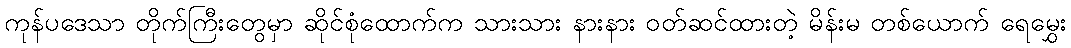
ကုန်ပဒေသာ တိုက်ကြီးတွေမှာ ဆိုင်စုံထောက်က သားသား နားနား ဝတ်ဆင်ထားတဲ့ မိန်းမ တစ်ယောက် ရေမွှေး